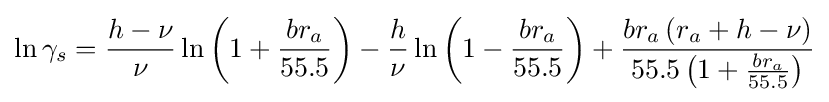
\ln \gamma _{s}={\frac {h-\nu }{\nu }}\ln \left(1+{\frac {br_{a}}{55.5}}\right)-{\frac {h}{\nu }}\ln \left(1-{\frac {br_{a}}{55.5}}\right)+{\frac {br_{a}\left(r_{a}+h-\nu \right)}{55.5\left(1+{\frac {br_{a}}{55.5}}\right)}}